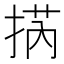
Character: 㨅